Tezpur Lunatic Asylum reports 1877-1894 - 1877-1894
Year: 1877
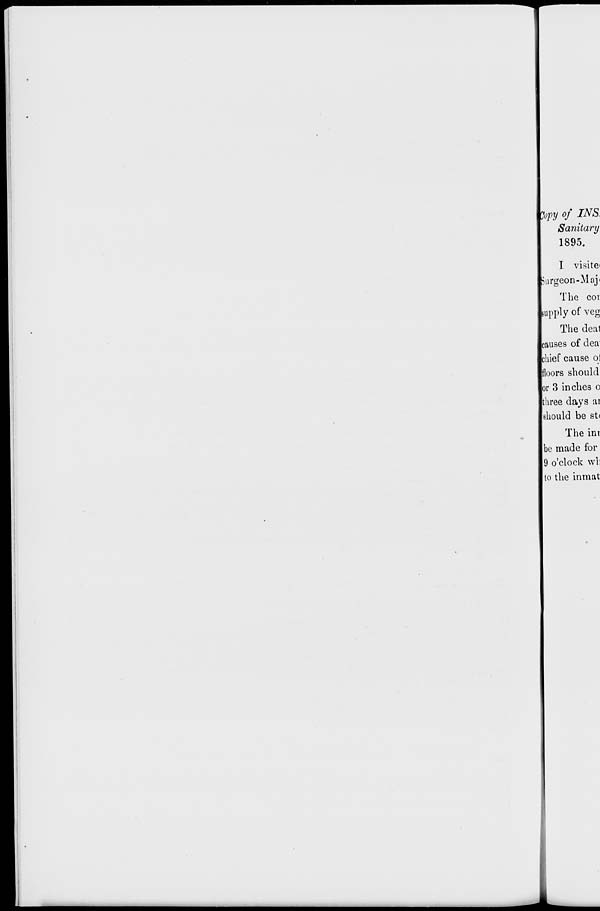
jopy of INS.
Sanitary
1895.
I visite'
|jurgeon-Maj«
The cor
[supply of veg
The deal
Icauses of dea
ihief cause qi
floors should
or 3 inches o
three days ai
should be st<
The ini
be made for
9 o'clock wli
to the inmat